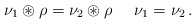
\begin{align*} \ \ \nu_1 \circledast \rho = \nu_2 \circledast \rho \ \ \ \ \nu_1=\nu_2\,. \end{align*}